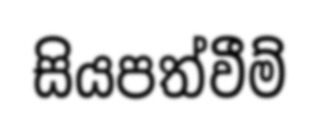
සියපත්වීම්